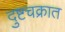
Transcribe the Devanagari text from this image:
दुष्टचक्रात